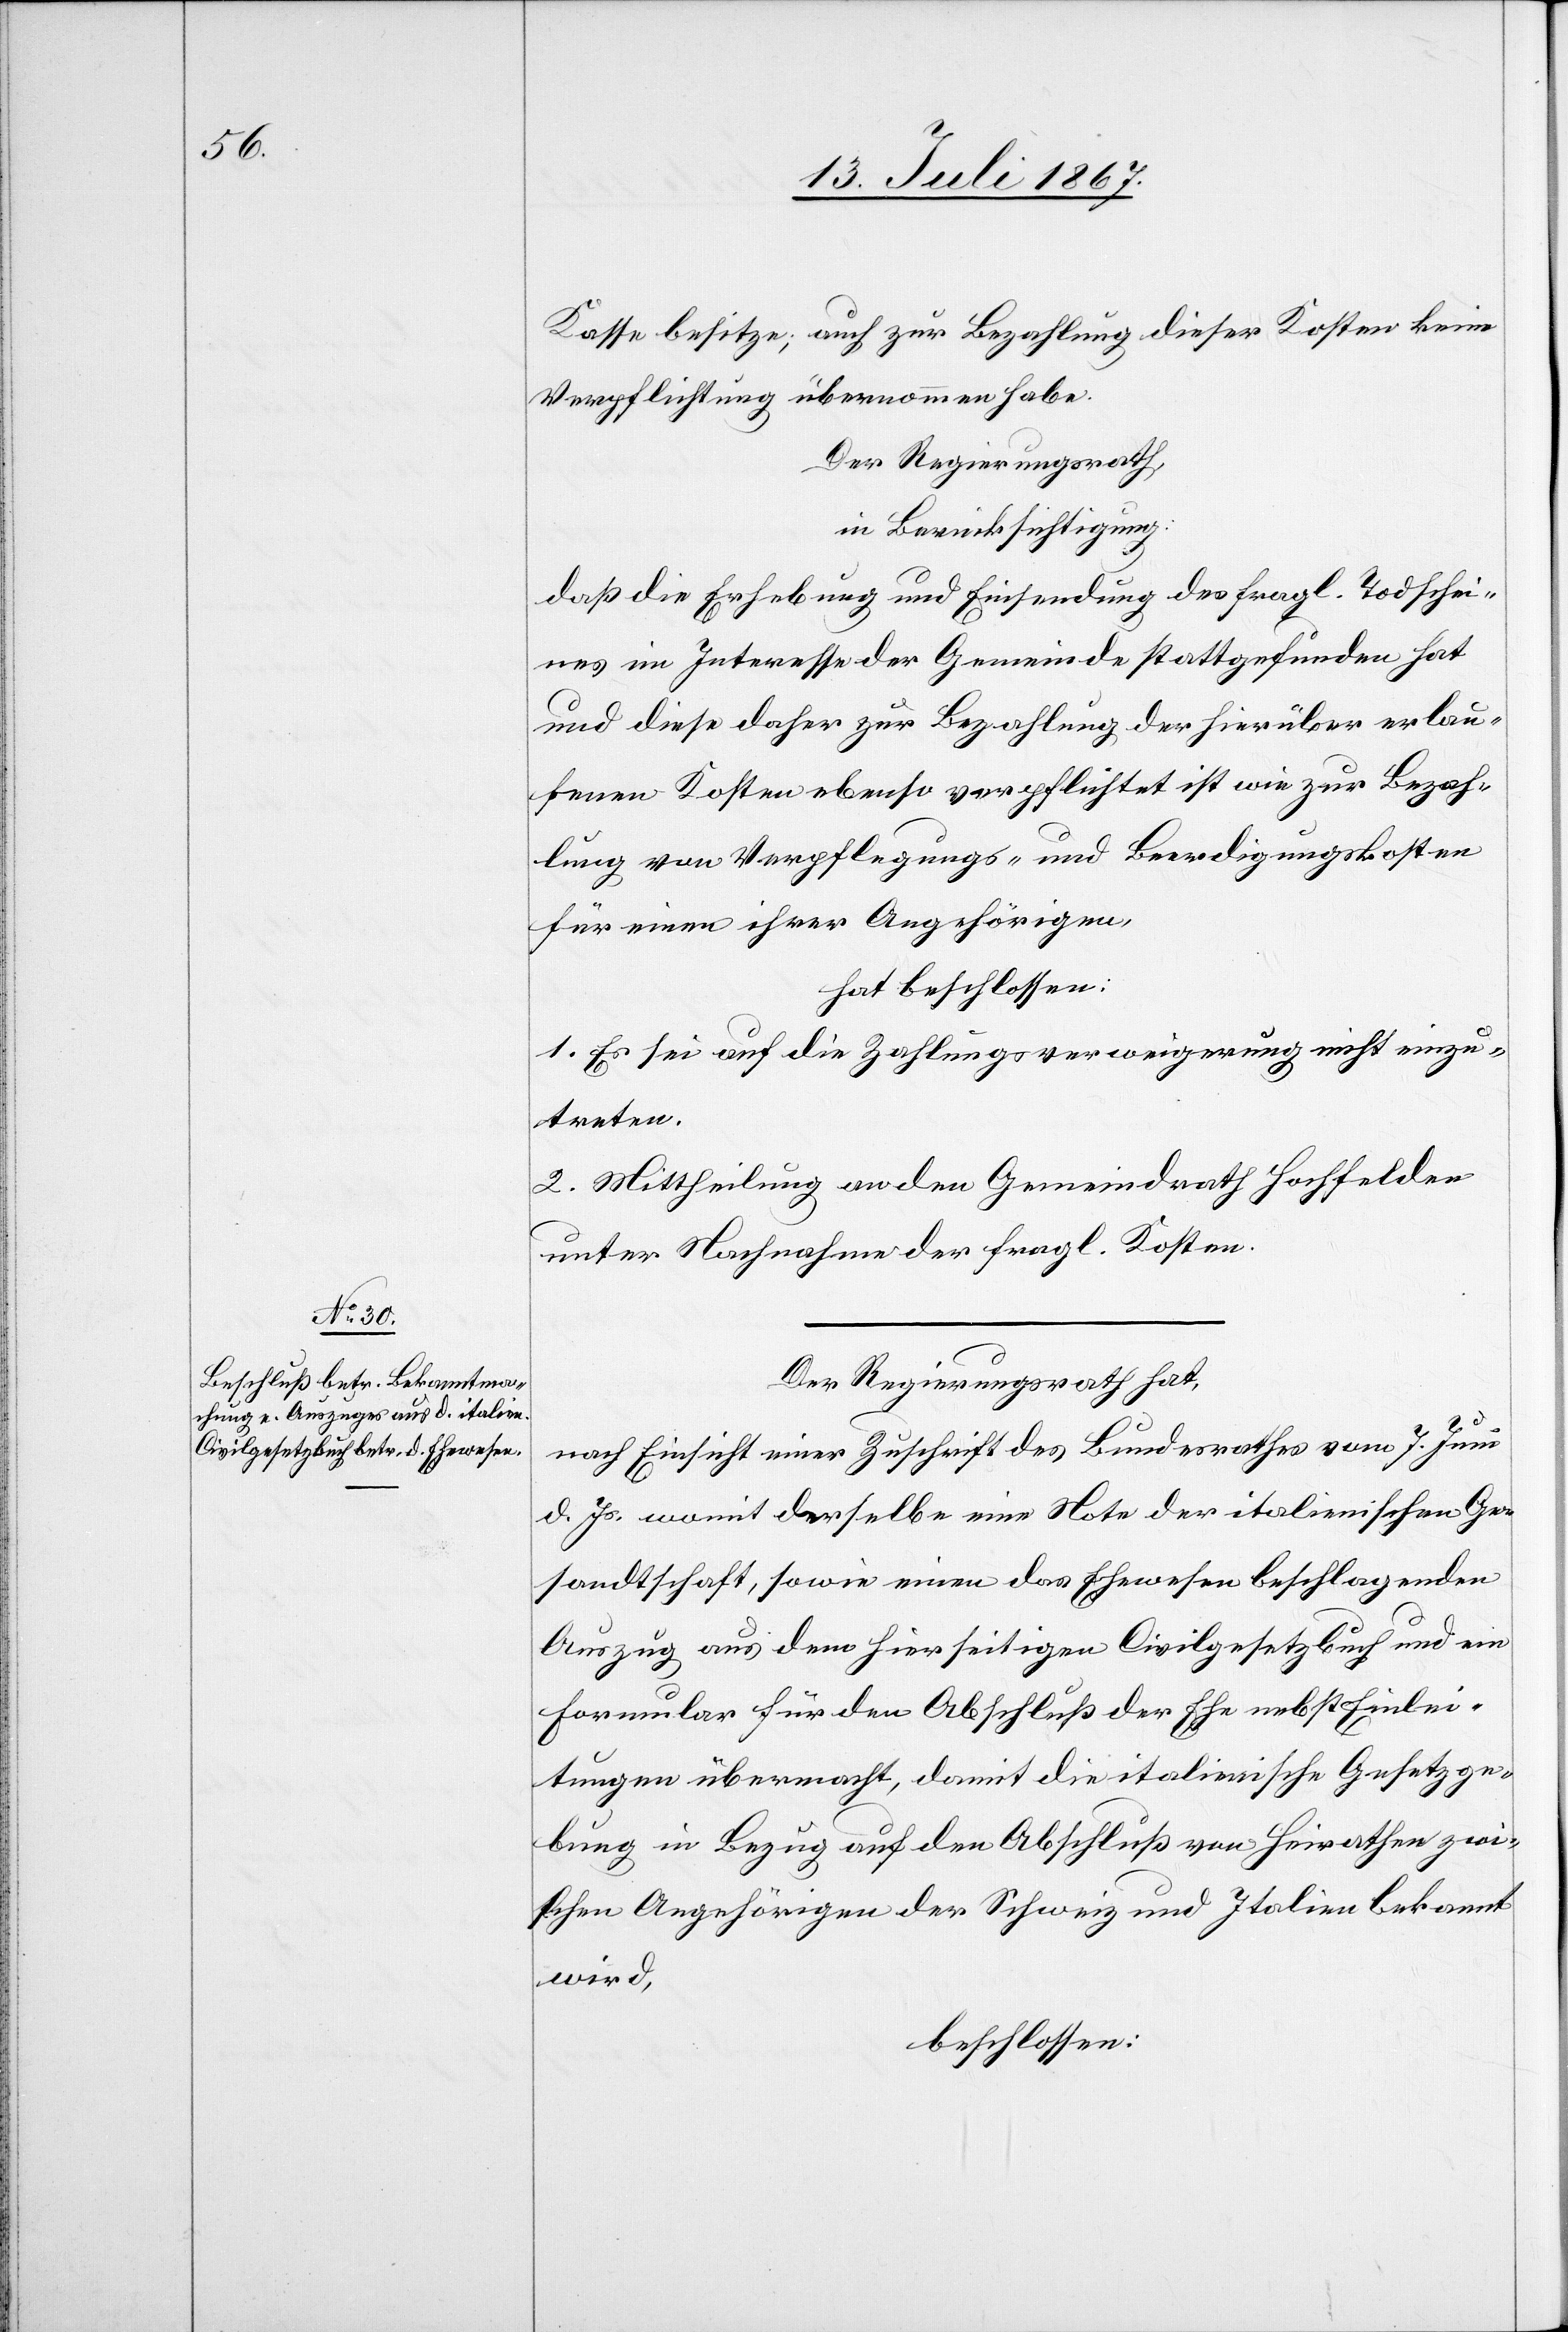
Kasse besitze; auch zur Bezahlung dieser Kosten keine
Verpflichtung übernommen habe.
Der Regierungsrath
in Berücksichtigung:
daß die Erhebung und Einsendung des fragl. Todschei¬
nes im Interesse der Gemeinde stattgefunden hat
und diese daher zur Bezahlung der hierüber erlau¬
fenen Kosten ebenso verpflichtet ist wie zur Bezah¬
lung von Verpflegungs- und Beerdigungskosten
für einen ihrer Angehörigen,
hat beschlossen:
1. Es sei auf die Zahlungsverweigerung nicht einzu¬
treten.
2. Mittheilung an den Gemeindrath Hochfelden
unter Nachnahme der fragl. Kosten.
Der Regierungsrath hat,
nach Einsicht einer Zuschrift des Bundesrathes vom 7. Juni
d. Js. womit derselbe eine Note der italienischen Ge¬
sandtschaft, sowie einen das Ehewesen beschlagenden
Auszug aus dem hierseitigen Civilgesetzbuch und ein
Formular für den Abschluß der Ehe nebst Einlei¬
tungen übermacht, damit die italienische Gesetzge¬
bung in Bezug auf den Abschluß von Heirathen zwi¬
schen Angehörigen der Schweiz und Italien bekannt
wird,
beschlossen: